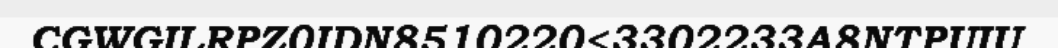
CGWGILRPZ0IDN8510220<3302233A8NTPUIU